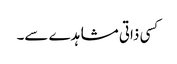
کسی ذاتی مشاہدے سے۔